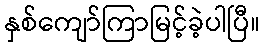
နှစ်ကျော်ကြာမြင့်ခဲ့ပါပြီ။